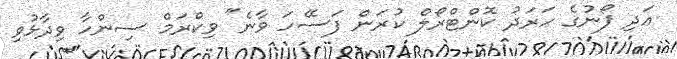
އަދި ފޯނުގެ ހަރަދު ކޮންޓްރޯލް ކުރަން ފަސޭހަ ވާނެ" ވިކްރަމް ސިންހާ ވިދާޅުވި